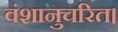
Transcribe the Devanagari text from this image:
वंशानुचरित।